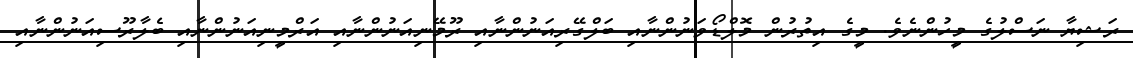
ރަޝިޔާ ނަސްލުގެ މީހުންނެވެ. މީގެ އިތުރުން މޮލްޑޯވަނުންނާއި ބަލްގޭރިއަނުންނާއި ރޫމޭނިއަނުންނާއި އަރްމީނިއަނުންނާއި ބެލާރޫސިއަނުންނާއި